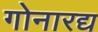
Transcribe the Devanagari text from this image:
गोनारद्य